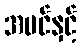
အပင်နှင့်